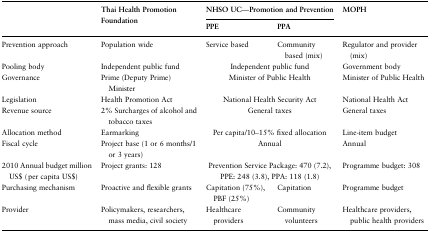
<table><thead><tr><td rowspan="2"></td><td rowspan="2"><b>Thai Health Promotion Foundation</b></td><td colspan="2"><b>NHSO UC—Promotion and Prevention</b></td><td rowspan="2"><b>MOPH</b></td></tr><tr><td><b>PPE</b></td><td><b>PPA</b></td></tr></thead><tbody><tr><td>Prevention approach</td><td>Population wide</td><td>Service based</td><td>Community based (mix)</td><td>Regulator and provider (mix)</td></tr><tr><td>Pooling body</td><td>Independent public fund</td><td colspan="2">Independent public fund</td><td>Government body</td></tr><tr><td>Governance</td><td>Prime (Deputy Prime) Minister</td><td colspan="2">Minister of Public Health</td><td>Minister of Public Health</td></tr><tr><td>Legislation</td><td>Health Promotion Act</td><td colspan="2">National Health Security Act</td><td>National Health Act</td></tr><tr><td>Revenue source</td><td>2% Surcharges of alcohol and tobacco taxes</td><td colspan="2">General taxes</td><td>General taxes</td></tr><tr><td>Allocation method</td><td>Earmarking</td><td colspan="2">Per capita/10–15% fixed allocation</td><td>Line-item budget</td></tr><tr><td>Fiscal cycle</td><td>Project base (1 or 6 months/1 or 3 years)</td><td colspan="2">Annual</td><td>Annual</td></tr><tr><td>2010 Annual budget million US$ (per capita US$)</td><td>Project grants: 128</td><td colspan="2">Prevention Service Package: 470 (7.2), PPE: 248 (3.8), PPA: 118 (1.8)</td><td>Programme budget: 308</td></tr><tr><td>Purchasing mechanism</td><td>Proactive and flexible grants</td><td>Capitation (75%), PBF (25%)</td><td>Capitation</td><td>Programme budget</td></tr><tr><td>Provider</td><td>Policymakers, researchers, mass media, civil society</td><td>Healthcare providers</td><td>Community volunteers</td><td>Healthcare providers, public health providers</td></tr></tbody></table>